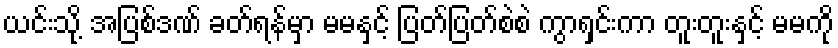
ယင်းသို့ အပြစ်ဒဏ် ခတ်ရန်မှာ မမနှင့် ပြတ်ပြတ်စဲစဲ ကွာရှင်းကာ တူးတူးနှင့် မမကို